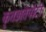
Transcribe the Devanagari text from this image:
कृतज्ञतेपोटी